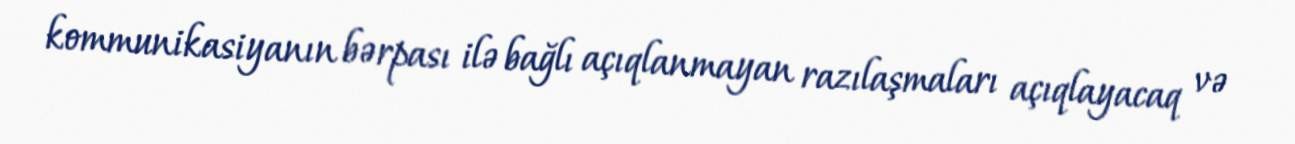
kommunikasiyanın bərpası ilə bağlı açıqlanmayan razılaşmaları açıqlayacaq və